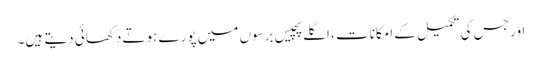
اور جس کی تکمیل کے امکانات ، اگلے پچیس برسوں میں پورے ہوتے دکھائی دیتے ہیں۔